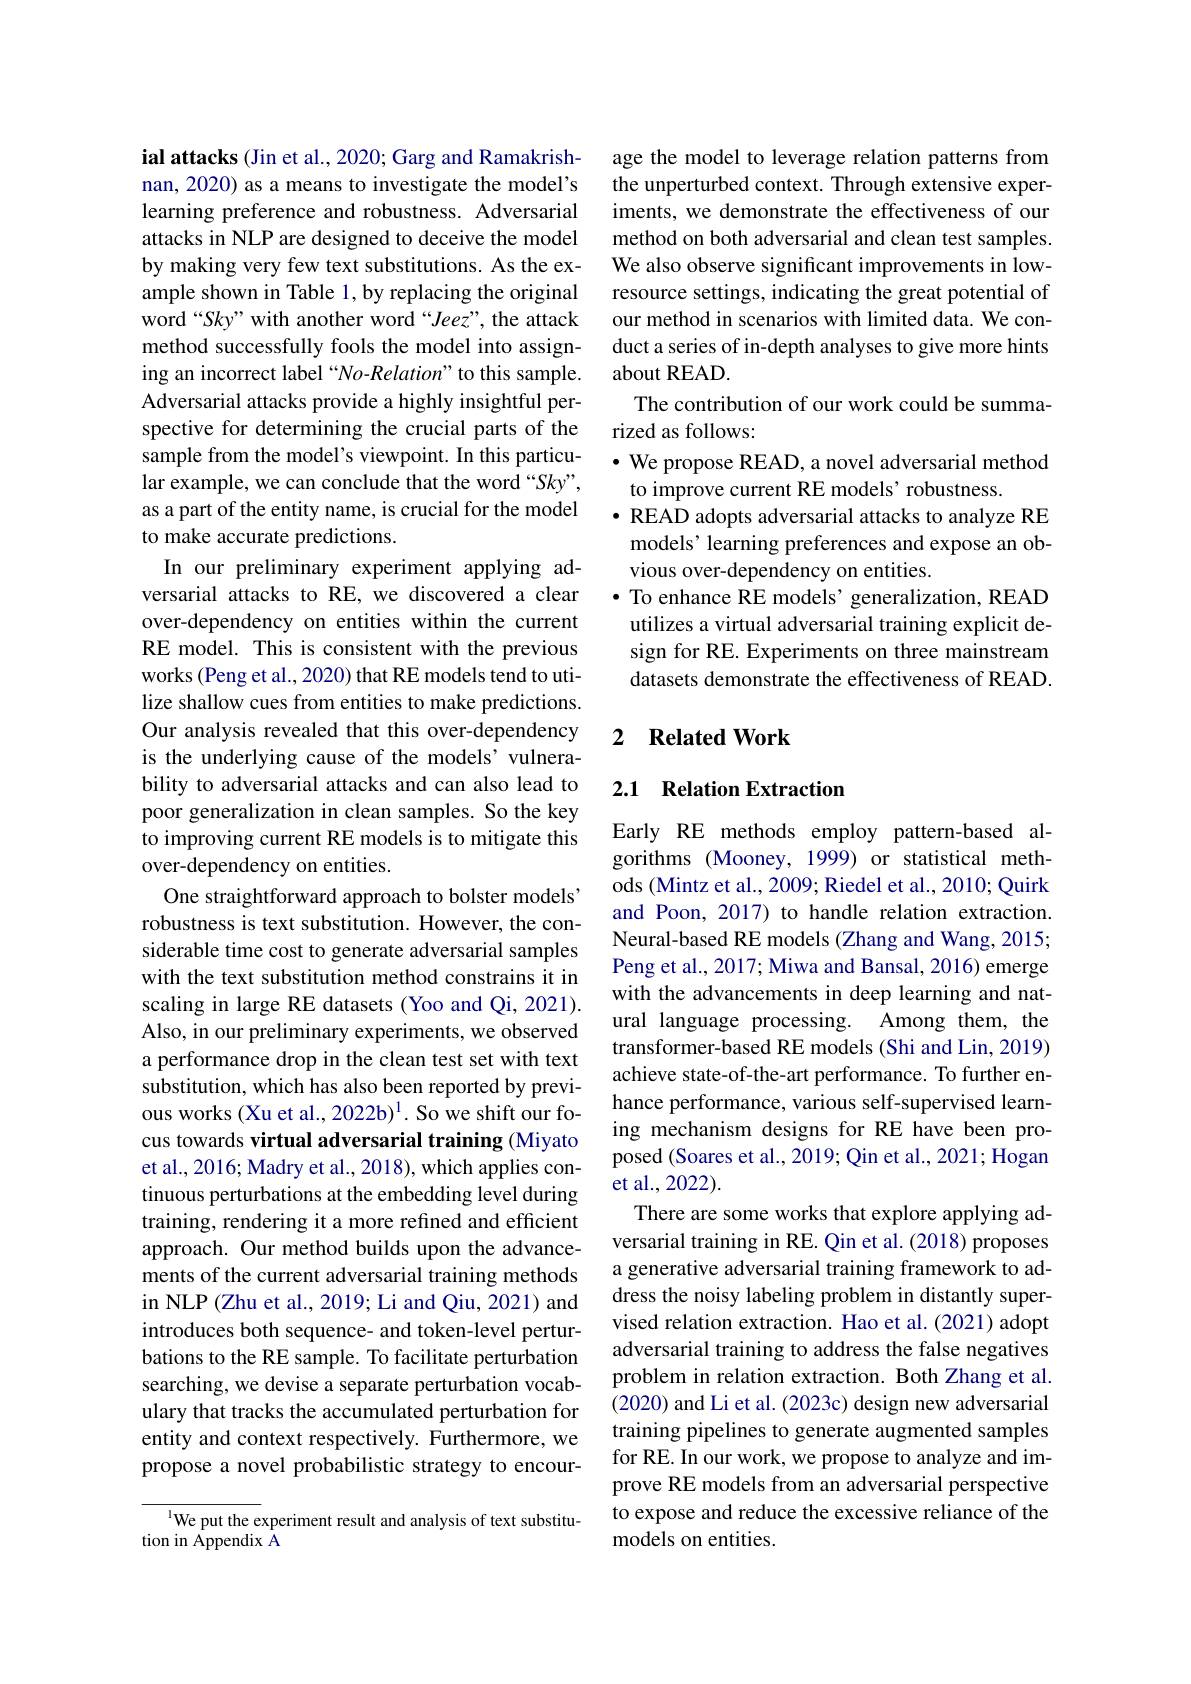
ial attacks (Jin et al., 2020; Garg and Ramakrishnan, 2020) as a means to investigate the model's learning preference and robustness. Adversarial attacks in NLP are designed to deceive the model by making very few text substitutions. As the example shown in Table 1, by replacing the original word “Sky” with another word“Jeez”, the attack method successfully fools the model into assigning an incorrect label “No-Relation”to this sample. Adversarial attacks provide a highly insightful perspective for determining the crucial parts of the sample from the model's viewpoint. In this particular example, we can conclude that the word “Sky”, as a part of the entity name, is crucial for the model to make accurate predictions.
In our preliminary experiment applying adversarial attacks to RE, we discovered a clear over-dependency on entities within the current RE model. This is consistent with the previous works (Peng et al., 2020) that RE models tend to utilize shallow cues from entities to make predictions. Our analysis revealed that this over-dependency is the underlying cause of the models' vulnerability to adversarial attacks and can also lead to poor generalization in clean samples. So the key to improving current RE models is to mitigate this over-dependency on entities.
One straightforward approach to bolster models" robustness is text substitution. However, the considerable time cost to generate adversarial samples with the text substitution method constrains it in scaling in large RE datasets (Yoo and Qi, 2021). Also, in our preliminary experiments, we observed a performance drop in the clean test set with text substitution, which has also been reported by previous works (Xu et al., 2022b)$^1.$ So we shift our focus towards virtual adversarial training (Miyato et al., 2016; Madry et al., 2018), which applies continuous perturbations at the embedding level during training, rendering it a more refined and efficient approach. Our method builds upon the advancements of the current adversarial training methods in NLP (Zhu et al., 2019; Li and Qiu, 2021) and introduces both sequence- and token-level perturbations to the RE sample. To facilitate perturbation searching, we devise a separate perturbation vocabulary that tracks the accumulated perturbation for entity and context respectively. Furthermore, we propose a novel probabilistic strategy to encour-
We put the experiment result and analysis of text substitu-

tion in Appendix Å

age the model to leverage relation patterns from the unperturbed context. Through extensive experiments, we demonstrate the effectiveness of our method on both adversarial and clean test samples. We also observe significant improvements in lowresource settings, indicating the great potential of our method in scenarios with limited data. We conduct a series of in-depth analyses to give more hints about READ.
The contribution of our work could be summa-
rized as follows:
$\bullet$ We propose READ, a novel adversarial method
to improve current RE models' robustness.
· READ adopts adversarial attacks to analyze RE models' learning preferences and expose an obvious over-dependency on entities.
· To enhance RE models' generalization, READ utilizes a virtual adversarial training explicit design for RE. Experiments on three mainstream datasets demonstrate the effectiveness of READ.

### 2 $\textbf{Related Work}$

## 2.1 Relation Extraction

Early RE methods employ pattern-based algorithms (Mooney, 1999) or statistical methods (Mintz et al., 2009; Riedel et al., 2010; Quirk and Poon, 2017) to handle relation extraction. Neural-based RE models (Zhang and Wang, 2015; Peng et al., 2017; Miwa and Bansal, 2016) emerge with the advancements in deep learning and natural language processing. Among them, the transformer-based RE models (Shi and Lin, 2019) achieve state-of-the-art performance. To further enhance performance, various self-supervised learning mechanism designs for RE have been proposed (Soares et al., 2019; Qin et al., 2021; Hogan et al.,2022).
There are some works that explore applying adversarial training in RE. Qin et al. (2018) proposes a generative adversarial training framework to address the noisy labeling problem in distantly supervised relation extraction. Hao et al.(2021) adopt adversarial training to address the false negatives problem in relation extraction. Both Zhang et al. (2020) and Li et al. (2023c) design new adversarial training pipelines to generate augmented samples for RE. In our work, we propose to analyze and improve RE models from an adversarial perspective to expose and reduce the excessive reliance of the models on entities.